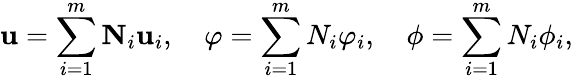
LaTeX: \mathbf{u}=\sum_{i=1}^{m}\mathbf{N}_{i}\mathbf{u}_{i},\quad\varphi=\sum_{i=1}^{m}N_{i}\varphi_{i},\quad\phi=\sum_{i=1}^{m}N_{i}\phi_{i},